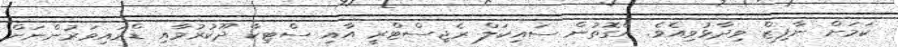
ކަމަށް ނާފިޒް ވިދާޅުވިއެވެ. އެގޮތުން ސައިކަލް ރެޖިސްޓްރީ އާއި ސްޓިކާ ދޫކުރުމާއި ޑްރައިވަރުންނަށް